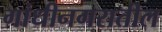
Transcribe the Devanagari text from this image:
गांधीनगरातील